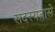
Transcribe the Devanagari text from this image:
सदस्यतासे